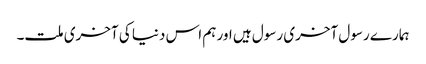
ہمارے رسول آخری رسول ہیں اور ہم اس دنیا کی آخری ملت۔